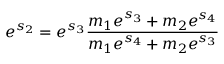
e ^ { s _ { 2 } } = e ^ { s _ { 3 } } { \frac { m _ { 1 } e ^ { s _ { 3 } } + m _ { 2 } e ^ { s _ { 4 } } } { m _ { 1 } e ^ { s _ { 4 } } + m _ { 2 } e ^ { s _ { 3 } } } }